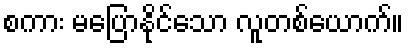
စကား မပြောနိုင်သော လူတစ်ယောက်။